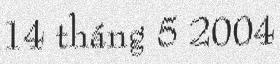
14 tháng 5 2004